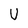
Character: U